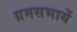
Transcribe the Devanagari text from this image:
ग्रमसभायें